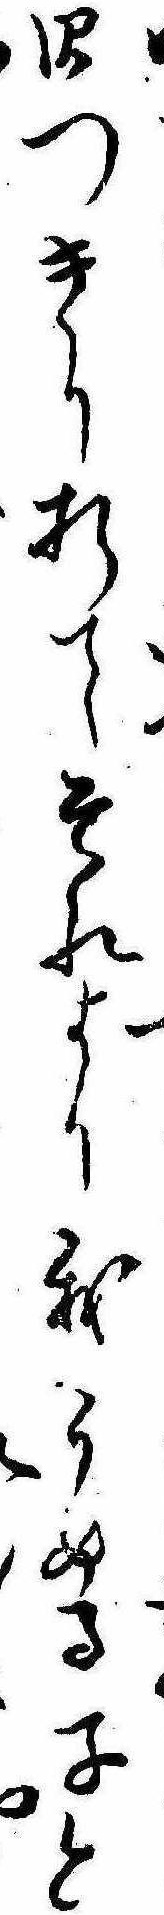
ぽつきり折てそれより我うめる子と